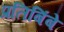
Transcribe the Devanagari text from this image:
प्रतिबिंबे